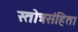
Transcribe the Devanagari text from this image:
स्तोत्रसंहिता